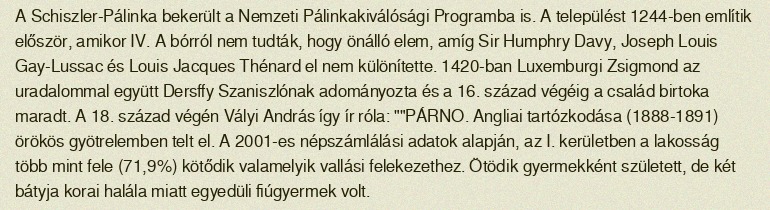
A Schiszler-Pálinka bekerült a Nemzeti Pálinkakiválósági Programba is. A települést 1244-ben említik először, amikor IV. A bórról nem tudták, hogy önálló elem, amíg Sir Humphry Davy, Joseph Louis Gay-Lussac és Louis Jacques Thénard el nem különítette. 1420-ban Luxemburgi Zsigmond az uradalommal együtt Dersffy Szaniszlónak adományozta és a 16. század végéig a család birtoka maradt. A 18. század végén Vályi András így ír róla: ""PÁRNO. Angliai tartózkodása (1888-1891) örökös gyötrelemben telt el. A 2001-es népszámlálási adatok alapján, az I. kerületben a lakosság több mint fele (71,9%) kötődik valamelyik vallási felekezethez. Ötödik gyermekként született, de két bátyja korai halála miatt egyedüli fiúgyermek volt.